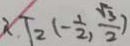
\therefore T _ { 2 } ( - \frac { 1 } { 2 } , \frac { \sqrt { 3 } } { 2 } )